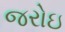
જરોઇ